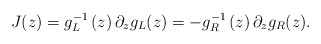
\begin{align*}J(z)=g_L^{-1}\left( z\right) \partial _zg_L(z)=-g_R^{-1}\left( z\right)\partial _zg_R(z).\end{align*}